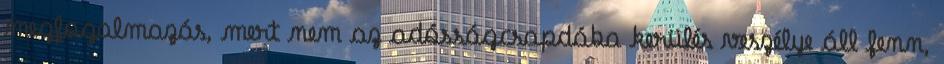
megfogalmazás, mert nem az adósságcsapdába kerülés veszélye áll fenn,